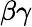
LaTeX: \beta\gamma